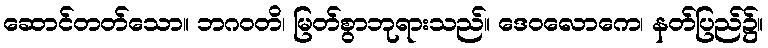
ဆောင်တတ်သော။ ဘဂဝတိ၊ မြတ်စွာဘုရားသည်။ ဒေဝလောကေ၊ နတ်ပြည်၌။